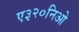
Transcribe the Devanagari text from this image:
ए३२०निओ